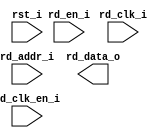
/*******************************************************************************
    Verilog netlist generated by IPGEN Lattice Radiant Software (64-bit)
    3.1.1.232.1
    Soft IP Version: 1.3.0
    2022 03 25 09:21:53
*******************************************************************************/
/*******************************************************************************
    Wrapper Module generated per user settings.
*******************************************************************************/
module rom_himax_cfg_20fps_ir (rd_clk_i, rst_i, rd_en_i, rd_clk_en_i,
    rd_addr_i, rd_data_o)/* synthesis syn_black_box syn_declare_black_box=1 */;
    input  rd_clk_i;
    input  rst_i;
    input  rd_en_i;
    input  rd_clk_en_i;
    input  [7:0]  rd_addr_i;
    output  [15:0]  rd_data_o;
endmodule